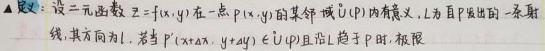
设二元函数 $z = f(x,y)$ 在点 $p(x_0,y_0)$ 的某邻域 $\mathring{U}(p)$ 内有定义，$L$ 为自点 $p$ 出发的一条射线，其方向为 $l$。若当 $P'(x_0 + \Delta x,y_0+\Delta y)\in \mathring{U}(p)$ 且沿 $L$ 趋于 $p$ 时，极限